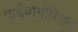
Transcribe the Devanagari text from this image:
पाईथागोरियन